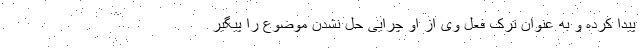
پیدا کرده و به عنوان ترک فعل وی از او چرایی حل نشدن موضوع را پیگیر